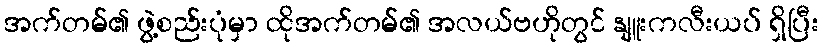
အက်တမ်၏ ဖွဲ့စည်းပုံမှာ ထိုအက်တမ်၏ အလယ်ဗဟိုတွင် နျူးကလီးယပ် ရှိပြီး